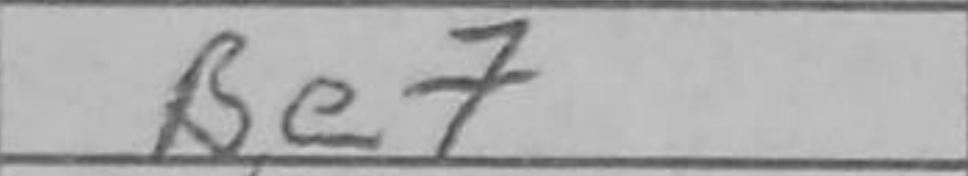
Transcription: Be7